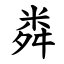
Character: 粦